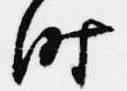
時